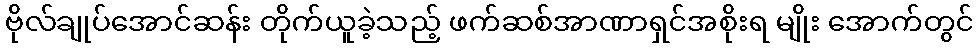
ဗိုလ်ချုပ်အောင်ဆန်း တိုက်ယူခဲ့သည့် ဖက်ဆစ်အာဏာရှင်အစိုးရ မျိုး အောက်တွင်